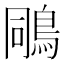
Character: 𪀭